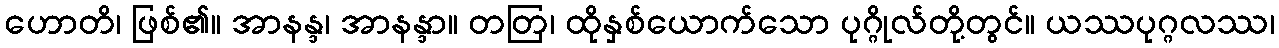
ဟောတိ၊ ဖြစ်၏။ အာနန္ဒ၊ အာနန္ဒာ။ တတြ၊ ထိုနှစ်ယောက်သော ပုဂ္ဂိုလ်တို့တွင်။ ယဿပုဂ္ဂလဿ၊